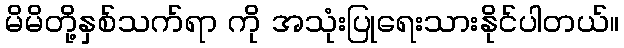
မိမိတို့နှစ်သက်ရာ ကို အသုံးပြုရေးသားနိုင်ပါတယ်။